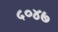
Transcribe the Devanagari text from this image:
५०४७